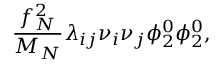
{ \frac { f _ { N } ^ { 2 } } { M _ { N } } } \lambda _ { i j } \nu _ { i } \nu _ { j } \phi _ { 2 } ^ { 0 } \phi _ { 2 } ^ { 0 } ,